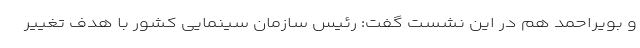
و بویراحمد هم در این نشست گفت: رئیس سازمان سینمایی کشور با هدف تغییر